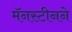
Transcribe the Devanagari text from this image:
मॅनस्टीनने